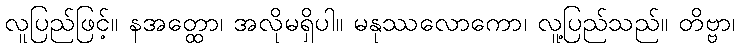
လူပြည်ဖြင့်။ နအတ္ထော၊ အလိုမရှိပါ။ မနုဿလောကော၊ လူ့ပြည်သည်။ တိဗ္ဗာ၊